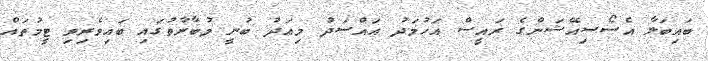
ބައިބަލާ އެސޯސިއޭޝަންގެ ރައީސް އަހުމަދު އައްސަދު މިއަދު ބުނީ މުބާރާތުގައި ބައިވެރިވި ޓީމުތައް